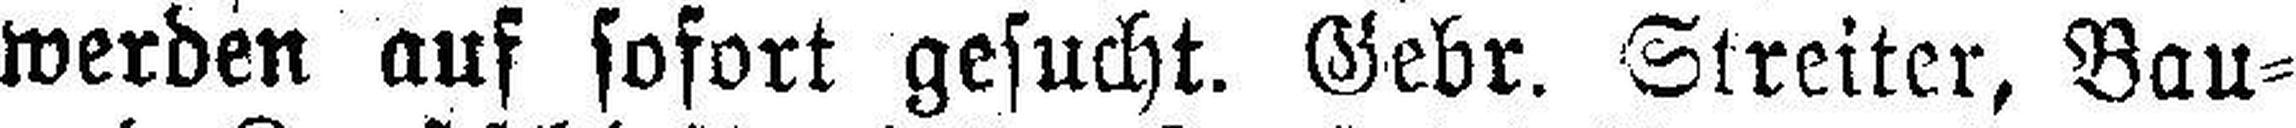
werden auf sofort gesucht. Gebr. Streiter, Bau=